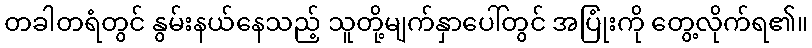
တခါတရံတွင် နွမ်းနယ်နေသည့် သူတို့မျက်နှာပေါ်တွင် အပြုံးကို တွေ့လိုက်ရ၏။